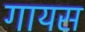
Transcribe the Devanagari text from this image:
गायस